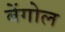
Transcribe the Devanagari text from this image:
बेंगोल